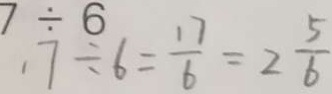
7 \div 6 1 7 \div 6 = \frac { 1 7 } { 6 } = 2 \frac { 5 } { 6 }